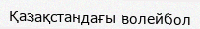
Қазақстандағы волейбол